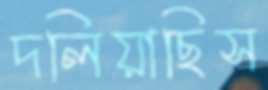
দলিয়াছিস